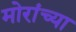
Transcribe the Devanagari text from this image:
मोरांच्या